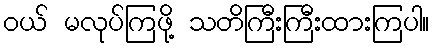
ဝယ် မလုပ်ကြဖို့ သတိကြီးကြီးထားကြပါ။